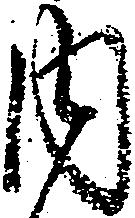
内